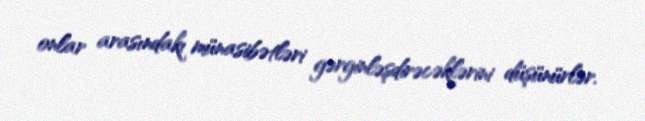
onlar arasındakı münasibətləri gərginləşdirəcəklərini düşünürlər.